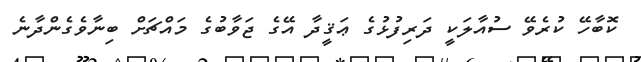
ކޮބާހޭ ކުރެވޭ ސުއާލަކީ ދަރިފުޅުގެ ޢަޤީދާ އޭގެ ޖަވާބުގެ މައްޗަށް ބިނާވެގެންދާނެ